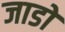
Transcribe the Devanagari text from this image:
जाडो